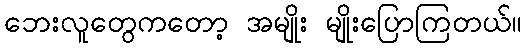
ဘေးလူတွေကတော့ အမျိုး မျိုးပြောကြတယ်။